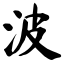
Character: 波